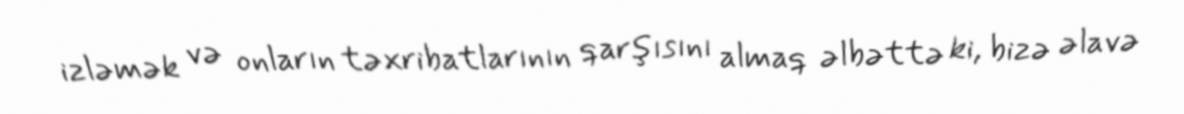
izləmək və onların təxribatlarının qarşısını almaq əlbəttə ki, bizə əlavə